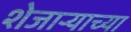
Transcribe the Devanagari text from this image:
शेजार्‍याच्या